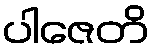
ပါဇေတိ